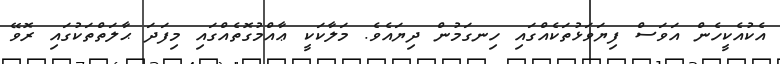
އެކުއެކީހެން އަވަސް ފިޔަވަޅުތަކެއްގައި ހިނގަމުން ދިޔައެވެ. މަލާކަކީ ޢާއްމުގޮތެއްގައި މިފަދަ ޙާލަތްތަކުގައި ރޮވޭ